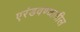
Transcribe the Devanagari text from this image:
एरंडवण्यातील